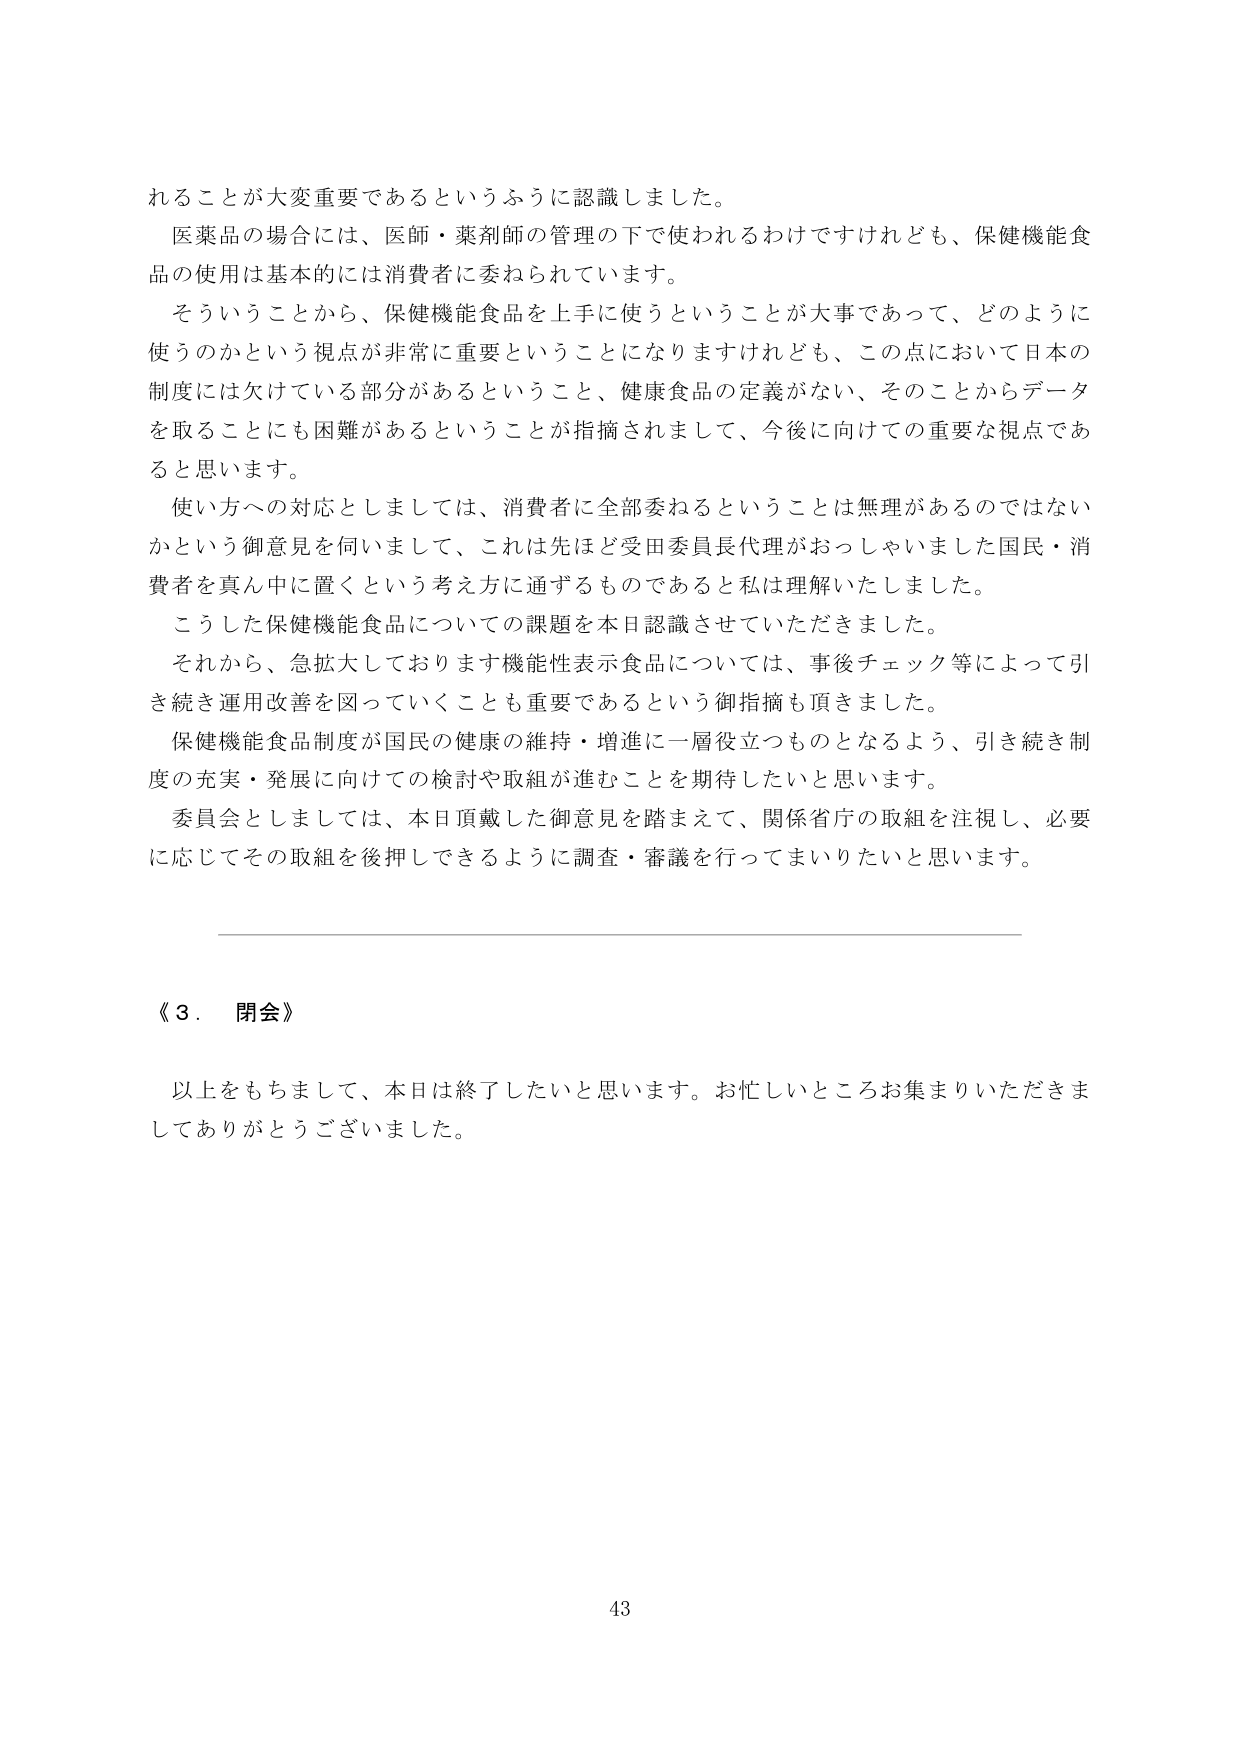
れることが大変重要であるというふうに認識しました。

医薬品の場合には、医師・薬剤師の管理の下で使われるわけですけれども、保健機能食品の使用は基本的には消費者に委ねられています。

そういうことから、保健機能食品を上手に使うということが大事であって、どのように使うのかという視点が非常に重要ということになりますけれども、この点において日本の制度には欠けている部分があるということ、健康食品の定義がない、そのことからデータを取ることにも困難があるということが指摘されまして、今後に向けての重要な視点であると思います。

使い方への対応としましては、消費者に全部委ねるということは無理があるのではないかという御意見を伺いまして、これは先ほど受田委員長代理がおっしゃいました国民・消費者を真ん中に置くという考え方に通ずるものであると私は理解いたしました。

こうした保健機能食品についての課題を本日認識させていただきました。

それから、急拡大しております機能性表示食品については、事後チェック等によって引き続き運用改善を図っていくことも重要であるという御指摘も頂きました。

保健機能食品制度が国民の健康の維持・増進に一層役立つものとなるよう、引き続き制度の充実・発展に向けての検討や取組が進むことを期待したいと思います。

委員会としましては、本日頂戴した御意見を踏まえて、関係省庁の取組を注視し、必要に応じてその取組を後押しできるように調査・審議を行ってまいりたいと思います。

《３．閉会》

以上をもちまして、本日は終了したいと思います。お忙しいところお集まりいただきましてありがとうございました。

43